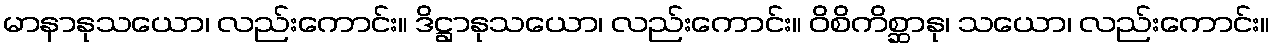
မာနာနုသယော၊ လည်းကောင်း။ ဒိဋ္ဌာနုသယော၊ လည်းကောင်း။ ဝိစိကိစ္ဆာနု၊ သယော၊ လည်းကောင်း။